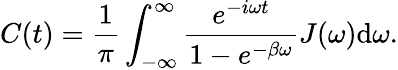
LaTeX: C(t)=\frac{1}{\pi}\int_{-\infty}^{\infty}\frac{e^{-i\omega t}}{1-e^{-\beta\omega}}J(\omega)\mathrm{d}\omega.